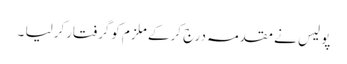
پو لیس نے مقدمہ درج کرکے ملزم کوگرفتارکرلیا ۔